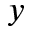
y